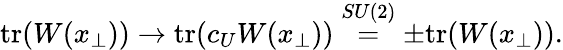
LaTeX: \mathrm{tr}(W(x_{\perp}))\rightarrow\mathrm{tr}(c_{U}W(x_{\perp}))\stackrel{SU(2)}{=}\pm\mathrm{tr}(W(x_{\perp})).